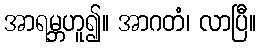
အာရမ္ဘဟူ၍။ အာဂတံ၊ လာပြီ။